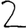
Digit: 2